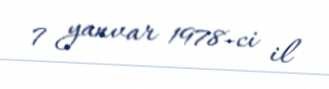
7 yanvar 1978-ci il